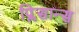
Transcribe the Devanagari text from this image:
प्लिसान्स